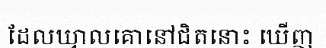
ដែលឃ្វាលគោនៅជិតនោះ ឃើញ